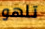
تلهو